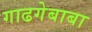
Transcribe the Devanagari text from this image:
गाढगेबाबा